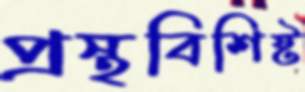
প্রস্থবিশিষ্ট